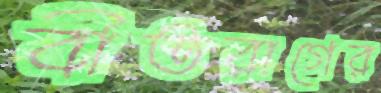
বীতরাগের